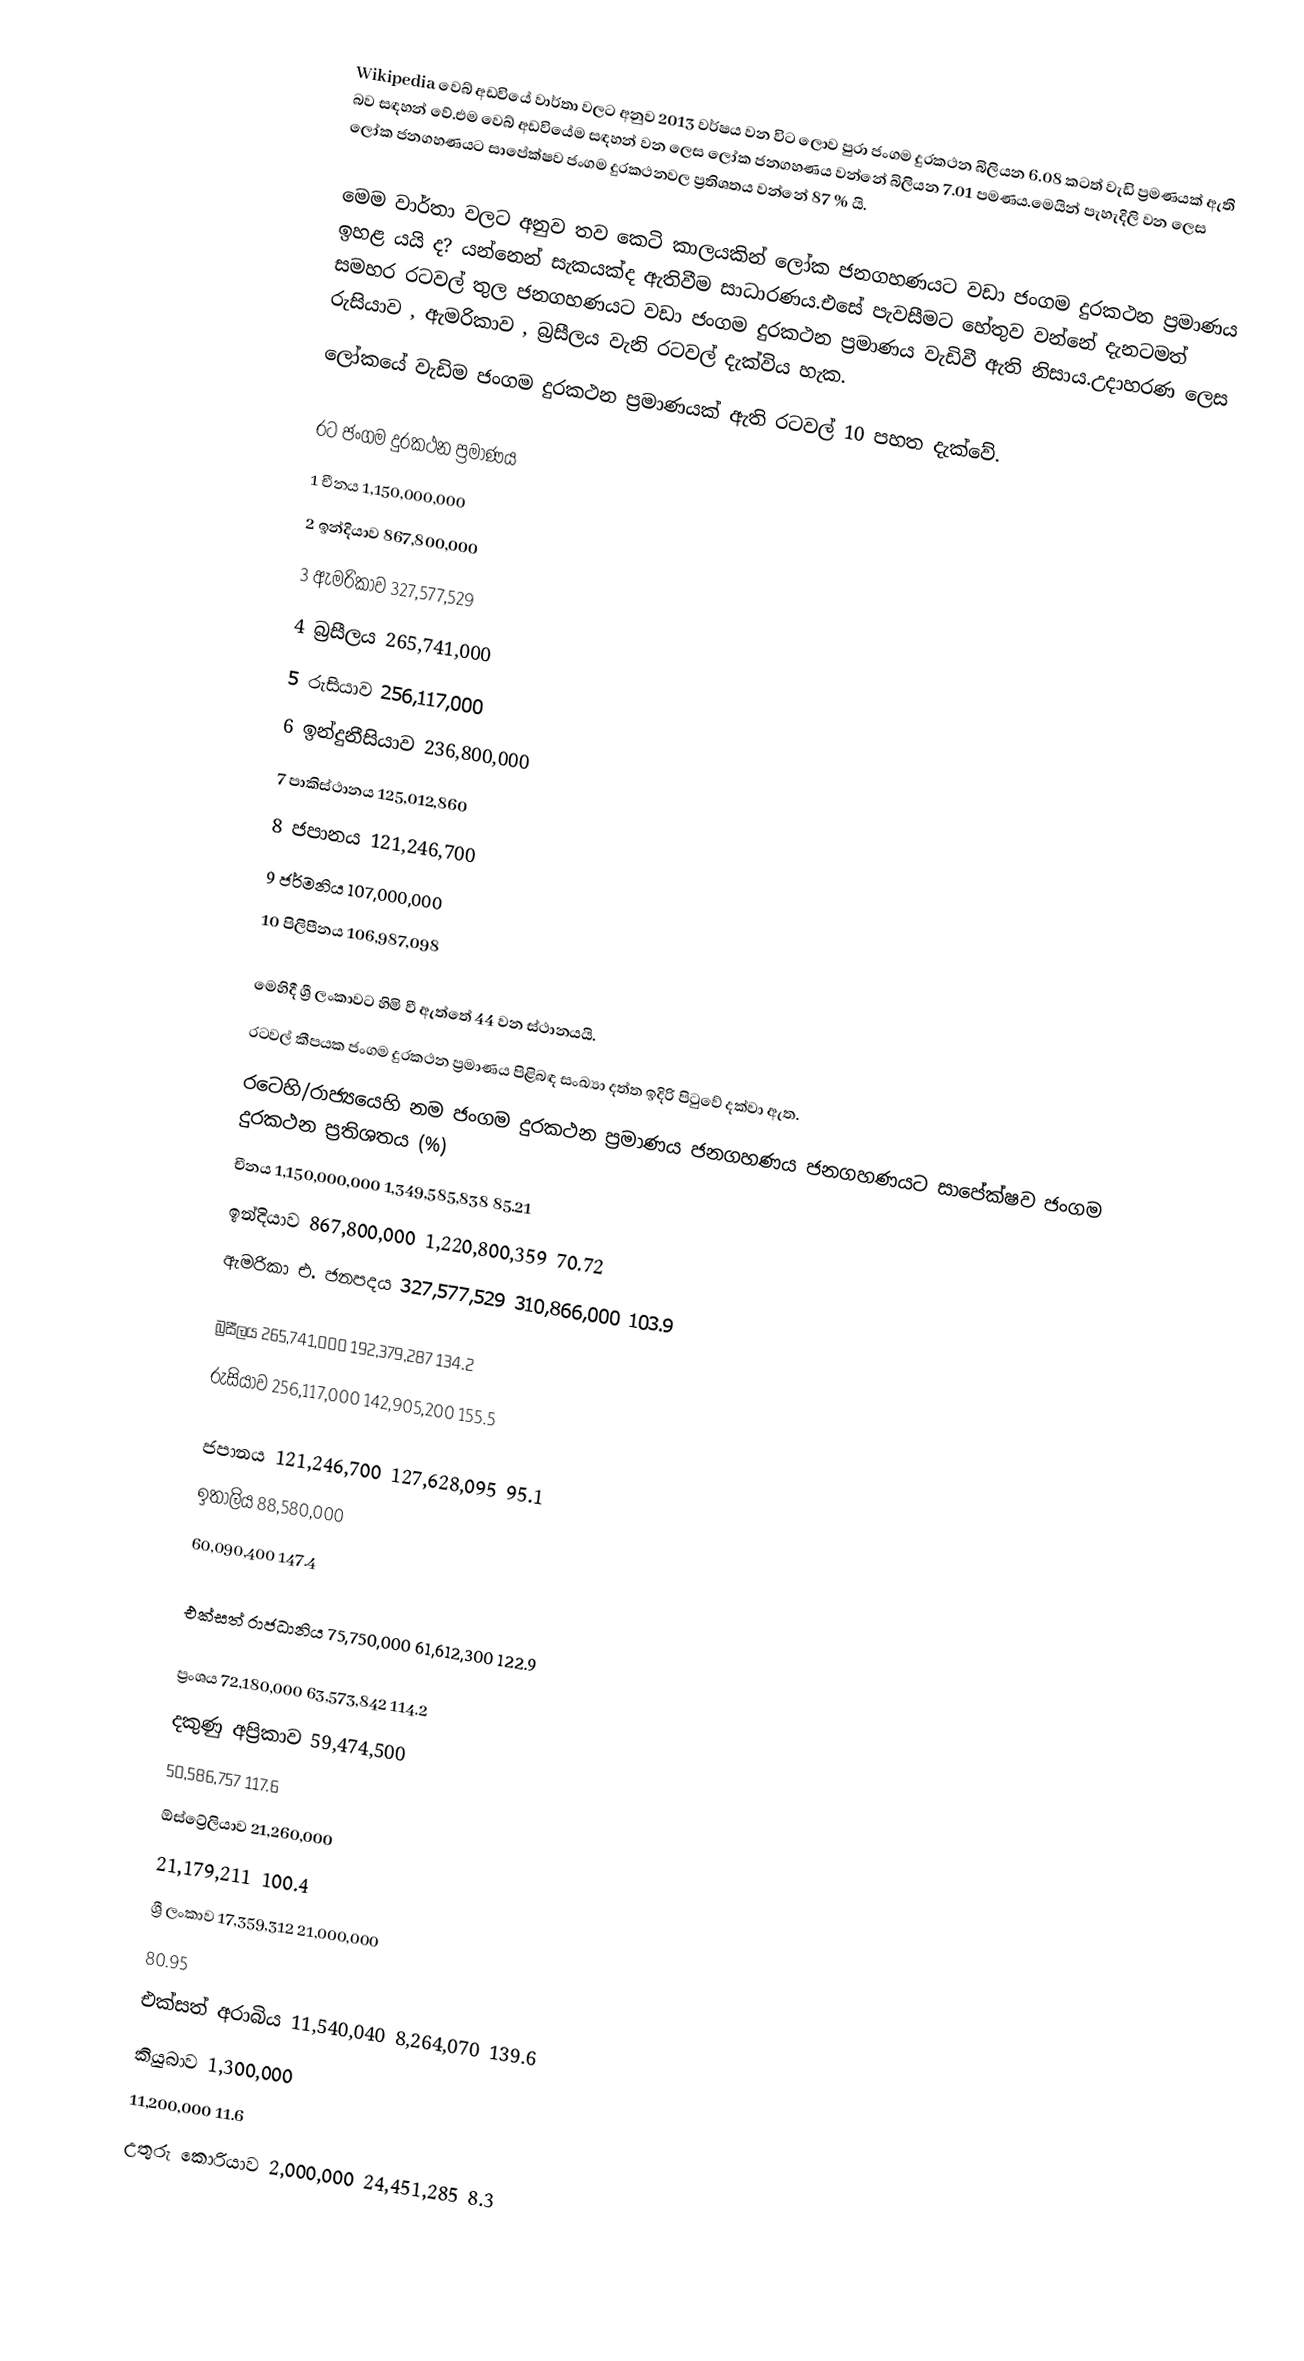
Wikipedia වෙබ් අඩවියේ වාර්තා වලට අනුව 2013 වර්ෂය වන විට ලොව පුරා ජංගම දුරකථන බිලියන 6.08 කටත් වැඩි ප්‍රමණයක් ඇති බව සඳහන් වේ.එම වෙබ් අඩවියේම සඳහන් වන ලෙස ලෝක ජනගහණය වන්නේ බිලියන 7.01 පමණය.මෙයින් පැහැදිලි වන ලෙස ලෝක ජනගහණයට සාපේක්ෂව ජංගම දුරකථනවල ප්‍රතිශතය වන්නේ 87 %  යි.

මෙම වාර්තා වලට අනුව තව කෙටි කාලයකින් ලෝක ජනගහණයට වඩා ජංගම දුරකථන ප්‍රමාණය ඉහළ යයි ද? යන්නෙන් සැකයක්ද ඇතිවීම සාධාරණය.එසේ පැවසීමට හේතුව වන්නේ දැනටමත් සමහර රටවල් තුල ජනගහණයට වඩා ජංගම දුරකථන ප්‍රමාණය වැඩිවී ඇති නිසාය.උදාහරණ ලෙස රුසියාව , ඇමරිකාව , බ්‍රසීලය වැනි රටවල් දැක්විය හැක.
ලෝකයේ වැඩිම ජංගම දුරකථන ප්‍රමාණයක් ඇති රටවල් 10 පහත දැක්වේ.

         රට	ජංගම දුරකථන ප්‍රමාණය
1	     චීනය	1,150,000,000
2	     ඉන්දියාව	   867,800,000
3	     ඇමරිකාව	   327,577,529
4	     බ්‍රසීලය	   265,741,000
5	     රුසියාව	   256,117,000
6	     ඉන්දුනීසියාව	   236,800,000
7	     පාකිස්ථානය	   125,012,860
8	     ජපානය	   121,246,700
9	     ජර්මනිය	   107,000,000
10	     පිලිපීනය	   106,987,098

මෙහිදී ශ්‍රී ලංකාවට හිමි වී ඇත්තේ 44 වන ස්ථානයයි.
රටවල් කීපයක ජංගම දුරකථන ප්‍රමාණය පිළිබඳ සංඛ්‍යා දත්ත ඉදිරි පිටුවේ දක්වා ඇත.
රටෙහි/රාජ්‍යයෙහි නම	ජංගම දුරකථන ප්‍රමාණය	ජනගහණය	ජනගහණයට සාපේක්ෂව ජංගම දුරකථන ප්‍රතිශතය (%)
චීනය	1,150,000,000	1,349,585,838	85.21
ඉන්දියාව	867,800,000	1,220,800,359	70.72
ඇමරිකා එ. ජනපදය	327,577,529	310,866,000		          103.9

      බ්‍රසීලය	265,741,000	192,379,287	134.2
රුසියාව	256,117,000	142,905,200		         155.5

ජපානය	121,246,700	127,628,095	95.1
ඉතාලිය	       88,580,000
	60,090,400		         147.4

එක්සත් රාජධානිය	75,750,000	61,612,300		         122.9

ප්‍රංශය	72,180,000	63,573,842	114.2
දකුණු අප්‍රිකාව	      59,474,500
	50,586,757	117.6
ඕස්ට්‍රේලියාව	      21,260,000
	21,179,211	100.4
ශ්‍රී ලංකාව	17,359,312	      21,000,000
	80.95
එක්සත් අරාබිය	11,540,040	8,264,070	139.6
කියුබාව	         1,300,000
	11,200,000	11.6
උතුරු කොරියාව	 2,000,000	24,451,285	8.3